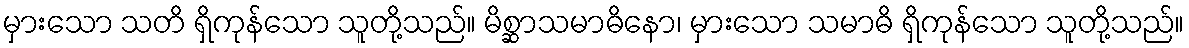
မှားသော သတိ ရှိကုန်သော သူတို့သည်။ မိစ္ဆာသမာဓိနော၊ မှားသော သမာဓိ ရှိကုန်သော သူတို့သည်။